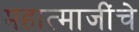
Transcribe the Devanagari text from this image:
महात्माजींचे